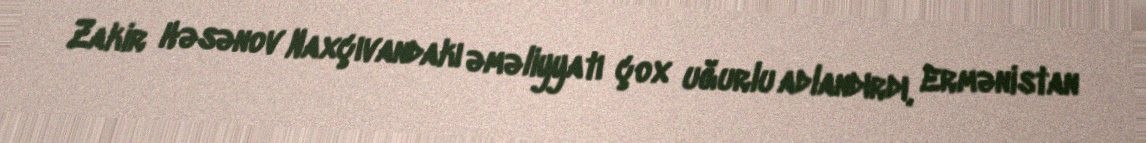
Zakir Həsənov Naxçıvandakı əməliyyatı çox uğurlu adlandırdı, Ermənistan